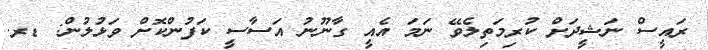
ރައީސް ނަޝީދަށް ކުރިމަތިލެވޭ ނަމަ އެއީ ގާނޫނު އަސާސީ ކަފުންކޮށް ވަޅުލުން: ޑރ.